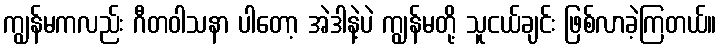
ကျွန်မကလည်း ဂီတဝါသနာ ပါတော့ အဲဒါနဲ့ပဲ ကျွန်မတို့ သူငယ်ချင်း ဖြစ်လာခဲ့ကြတယ်။